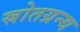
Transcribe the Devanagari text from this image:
स्रोतग्रन्थ